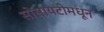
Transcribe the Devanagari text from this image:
सोसायटीमधून